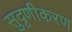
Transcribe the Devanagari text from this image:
सुदृणीकरण